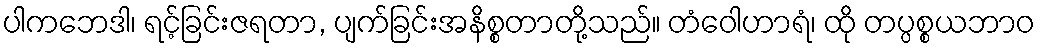
ပါကဘေဒါ၊ ရင့်ခြင်းဇရတာ, ပျက်ခြင်းအနိစ္စတာတို့သည်။ တံဝေါဟာရံ၊ ထို တပ္ပစ္စယဘာဝ